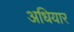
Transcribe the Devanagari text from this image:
अधियार